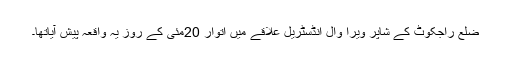
ضلع راجکوٹ کے شاپر ویرا وال انڈسٹریل علاقے میں اتوار 20مئی کے روز یہ واقعہ پیش آیاتھا۔